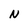
Character: N